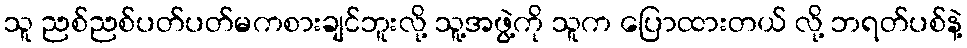
သူ ညစ်ညစ်ပတ်ပတ်မကစားချင်ဘူးလို့ သူ့အဖွဲ့ကို သူက ပြောထားတယ် လို့ ဘရတ်ပစ်နဲ့